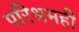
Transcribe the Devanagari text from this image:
परिश्रमही